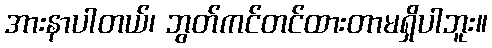
အားနာပါတယ်၊ ဘွတ်ကင်တင်ထားတာမရှိပါဘူး။